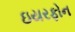
ઇયરફોન